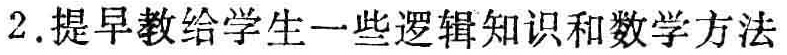
2. 提早教给学生一些逻辑知识和数学方法